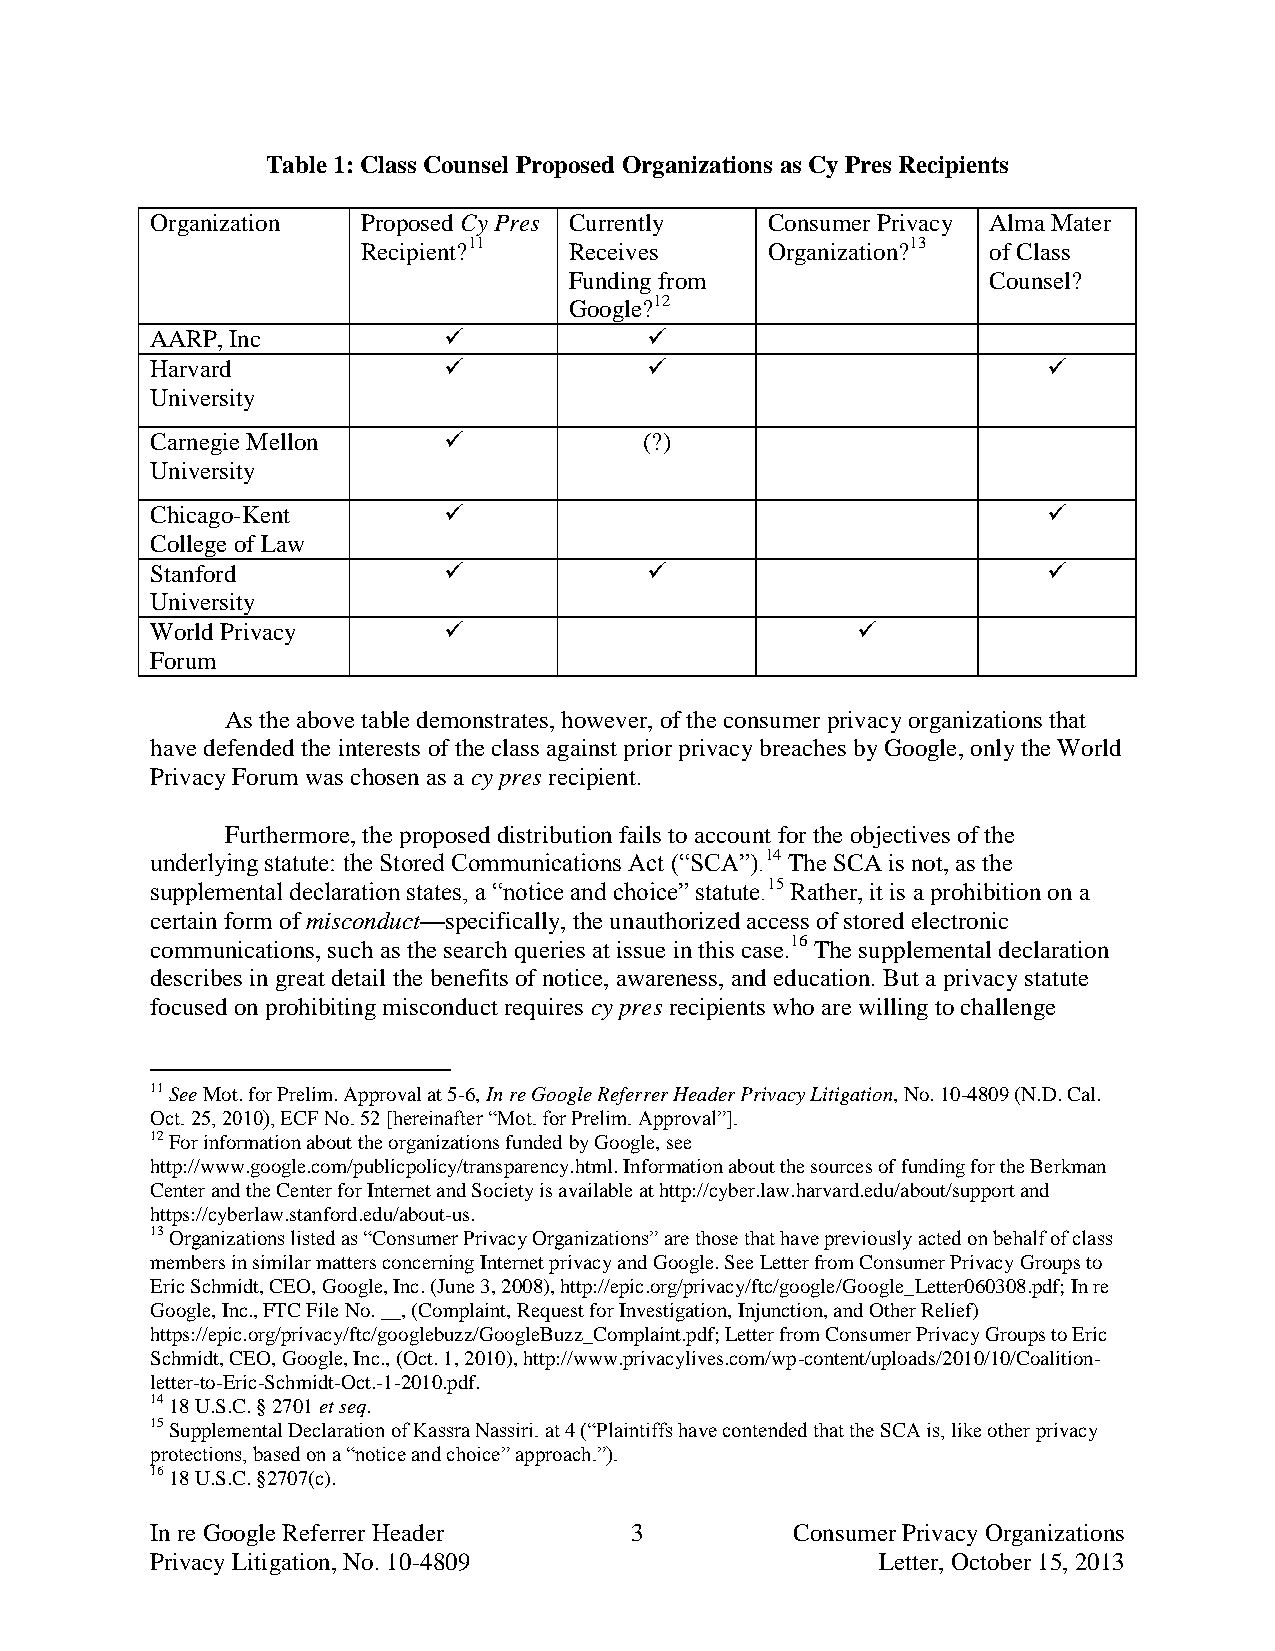
Table 1: Class Counsel Proposed Organizations as Cy Pres Recipients
 Organization  Proposed Cy Pres Currently Consumer Privacy Alma Mater
 Recipient?11  Receives     Organization?13 of Class
 Funding from                Counsel?
 Google?12
 AARP, Inc                       
 Harvard                                                  
 University
 Carnegie Mellon                 (?)
 University
 Chicago-Kent                                              
 College of Law
 Stanford                                                 
 University
 World Privacy                                 
 Forum
 As the above table demonstrates, however, of the consumer privacy organizations that
 have defended the interests of the class against prior privacy breaches by Google, only the World
 Privacy Forum was chosen as a cy pres recipient.
 Furthermore, the proposed distribution fails to account for the objectives of the
 underlying statute: the Stored Communications Act (“SCA”).14 The SCA is not, as the
 supplemental declaration states, a “notice and choice” statute.15 Rather, it is a prohibition on a
 certain form of misconduct—specifically, the unauthorized access of stored electronic
 communications, such as the search queries at issue in this case.16 The supplemental declaration
 describes in great detail the benefits of notice, awareness, and education. But a privacy statute
 focused on prohibiting misconduct requires cy pres recipients who are willing to challenge
 11 See Mot. for Prelim. Approval at 5-6, In re Google Referrer Header Privacy Litigation, No. 10-4809 (N.D. Cal.
 Oct. 25, 2010), ECF No. 52 [hereinafter “Mot. for Prelim. Approval”].
 12 For information about the organizations funded by Google, see
 http://www.google.com/publicpolicy/transparency.html. Information about the sources of funding for the Berkman
 Center and the Center for Internet and Society is available at http://cyber.law.harvard.edu/about/support and
 https://cyberlaw.stanford.edu/about-us.
 13 Organizations listed as “Consumer Privacy Organizations” are those that have previously acted on behalf of class
 members in similar matters concerning Internet privacy and Google. See Letter from Consumer Privacy Groups to
 Eric Schmidt, CEO, Google, Inc. (June 3, 2008), http://epic.org/privacy/ftc/google/Google_Letter060308.pdf; In re
 Google, Inc., FTC File No. __, (Complaint, Request for Investigation, Injunction, and Other Relief)
 https://epic.org/privacy/ftc/googlebuzz/GoogleBuzz_Complaint.pdf; Letter from Consumer Privacy Groups to Eric
 Schmidt, CEO, Google, Inc., (Oct. 1, 2010), http://www.privacylives.com/wp-content/uploads/2010/10/Coalition-
 letter-to-Eric-Schmidt-Oct.-1-2010.pdf.
 14 18 U.S.C. § 2701 et seq.
 15 Supplemental Declaration of Kassra Nassiri. at 4 (“Plaintiffs have contended that the SCA is, like other privacy
 protections, based on a “notice and choice” approach.”).
 16 18 U.S.C. §2707(c).
 In re Google Referrer Header    3          Consumer Privacy Organizations
 Privacy Litigation, No. 10-4809                 Letter, October 15, 2013